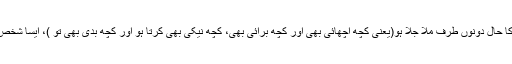
لیکن، کافر یا بدکار مُسلمان یا جِس کا حال دونوں طرف مِلا جُلا ہو(یعنی کچھ اچھائی بھی اور کچھ برائی بھی، کچھ نیکی بھی کرتا ہو اور کچھ بدی بھی تو )، ایسا شخص ہر گِز اِس بُزرگی کو نہیں پا سکتا۔